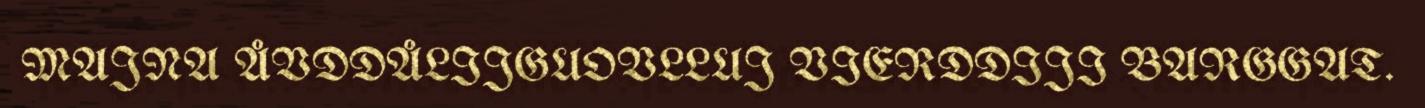
MAJNA ÅVDDÅLIJGUOVLLUJ VIERDDIJI BARGGAT.